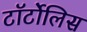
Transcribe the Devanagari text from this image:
टॉर्टोलिस